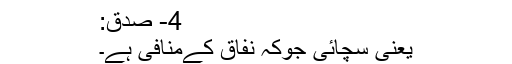
4- صدق:
یعنی سچائی جوکہ نفاق کےمنافی ہے۔